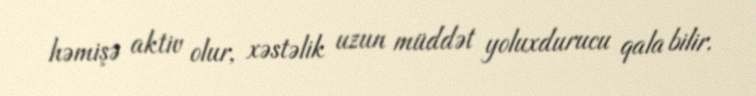
həmişə aktiv olur, xəstəlik uzun müddət yoluxdurucu qala bilir.